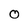
Character: O